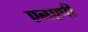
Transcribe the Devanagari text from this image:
एनएपी